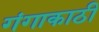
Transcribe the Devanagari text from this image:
गंगाकाठी